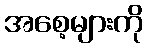
အစေ့များကို